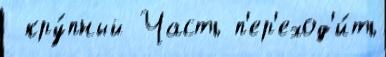
 кру́пный Часть п'ер'еход'и́ть